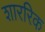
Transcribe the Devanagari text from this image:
शाररिक